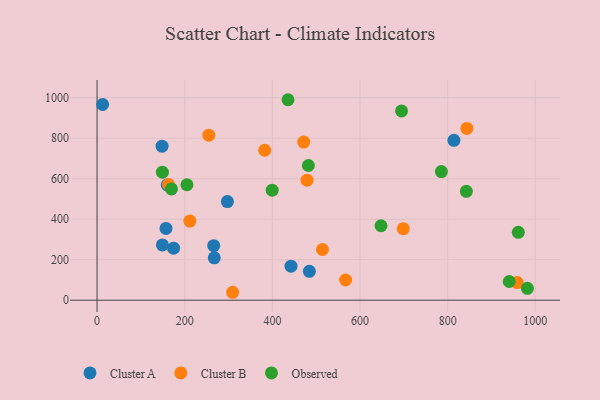
{"axis": {"x": "Price", "y": "Sales"}, "legend": ["Cluster A", "Cluster B", "Observed"], "data": [{"x": "266.2", "y": 269.3, "type": "Cluster A"}, {"x": "174.6", "y": 256.7, "type": "Cluster A"}, {"x": "484.4", "y": 142.7, "type": "Cluster A"}, {"x": "442.5", "y": 168.2, "type": "Cluster A"}, {"x": "157.3", "y": 354.4, "type": "Cluster A"}, {"x": "148.3", "y": 760.7, "type": "Cluster A"}, {"x": "12.7", "y": 966.7, "type": "Cluster A"}, {"x": "267.4", "y": 209.3, "type": "Cluster A"}, {"x": "149.1", "y": 272.9, "type": "Cluster A"}, {"x": "814.2", "y": 789.8, "type": "Cluster A"}, {"x": "297.4", "y": 486.9, "type": "Cluster A"}, {"x": "160.1", "y": 569.4, "type": "Cluster A"}, {"x": "479.0", "y": 592.9, "type": "Cluster B"}, {"x": "958.4", "y": 86.8, "type": "Cluster B"}, {"x": "843.7", "y": 848.3, "type": "Cluster B"}, {"x": "698.6", "y": 353.4, "type": "Cluster B"}, {"x": "211.8", "y": 390.7, "type": "Cluster B"}, {"x": "254.9", "y": 815.3, "type": "Cluster B"}, {"x": "309.3", "y": 39.1, "type": "Cluster B"}, {"x": "382.5", "y": 740.6, "type": "Cluster B"}, {"x": "471.5", "y": 780.9, "type": "Cluster B"}, {"x": "163.0", "y": 571.5, "type": "Cluster B"}, {"x": "514.3", "y": 250.4, "type": "Cluster B"}, {"x": "567.0", "y": 99.7, "type": "Cluster B"}, {"x": "482.1", "y": 665.3, "type": "Observed"}, {"x": "169.7", "y": 549.8, "type": "Observed"}, {"x": "842.6", "y": 537.9, "type": "Observed"}, {"x": "961.1", "y": 335.2, "type": "Observed"}, {"x": "149.1", "y": 632.5, "type": "Observed"}, {"x": "940.4", "y": 92.2, "type": "Observed"}, {"x": "981.8", "y": 58.6, "type": "Observed"}, {"x": "205.1", "y": 570.1, "type": "Observed"}, {"x": "647.9", "y": 367.7, "type": "Observed"}, {"x": "694.7", "y": 935.1, "type": "Observed"}, {"x": "435.7", "y": 990.2, "type": "Observed"}, {"x": "785.6", "y": 635.3, "type": "Observed"}, {"x": "399.5", "y": 543.5, "type": "Observed"}]}